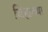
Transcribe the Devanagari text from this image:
जिह्याच्या